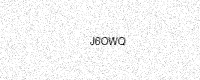
Text: J6OWQ